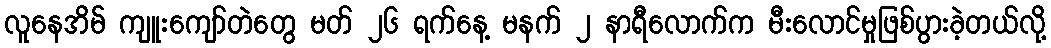
လူနေအိမ် ကျူးကျော်တဲတွေ မတ် ၂၆ ရက်နေ့ မနက် ၂ နာရီလောက်က မီးလောင်မှုဖြစ်ပွားခဲ့တယ်လို့